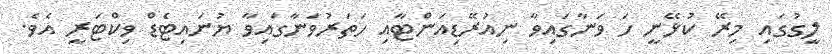
ލީގުގައި މިރޭ ކުޅޭނީ ހަ ވަނާގައިވާ ނިއުރޭޑިއަންޓާއި ހަތަރުވަނާގައިވާ ޔުނައިޓެޑް ވިކްޓަރީ އެވެ.